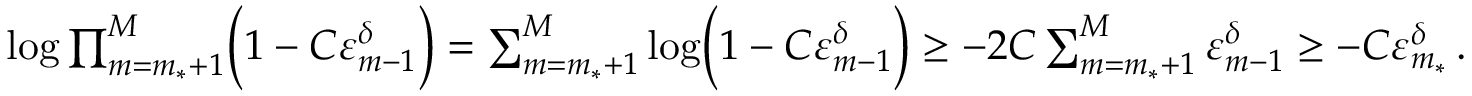
\begin{array} { r } { \log \prod _ { m = m _ { * } + 1 } ^ { M } \Bigl ( 1 - C \varepsilon _ { m - 1 } ^ { \delta } \Bigr ) = \sum _ { m = m _ { * } + 1 } ^ { M } \log \Bigl ( 1 - C \varepsilon _ { m - 1 } ^ { \delta } \Bigr ) \geq - 2 C \sum _ { m = m _ { * } + 1 } ^ { M } \varepsilon _ { m - 1 } ^ { \delta } \geq - C \varepsilon _ { m _ { * } } ^ { \delta } \, . } \end{array}